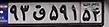
۹۳ق۵۹۱۵۴